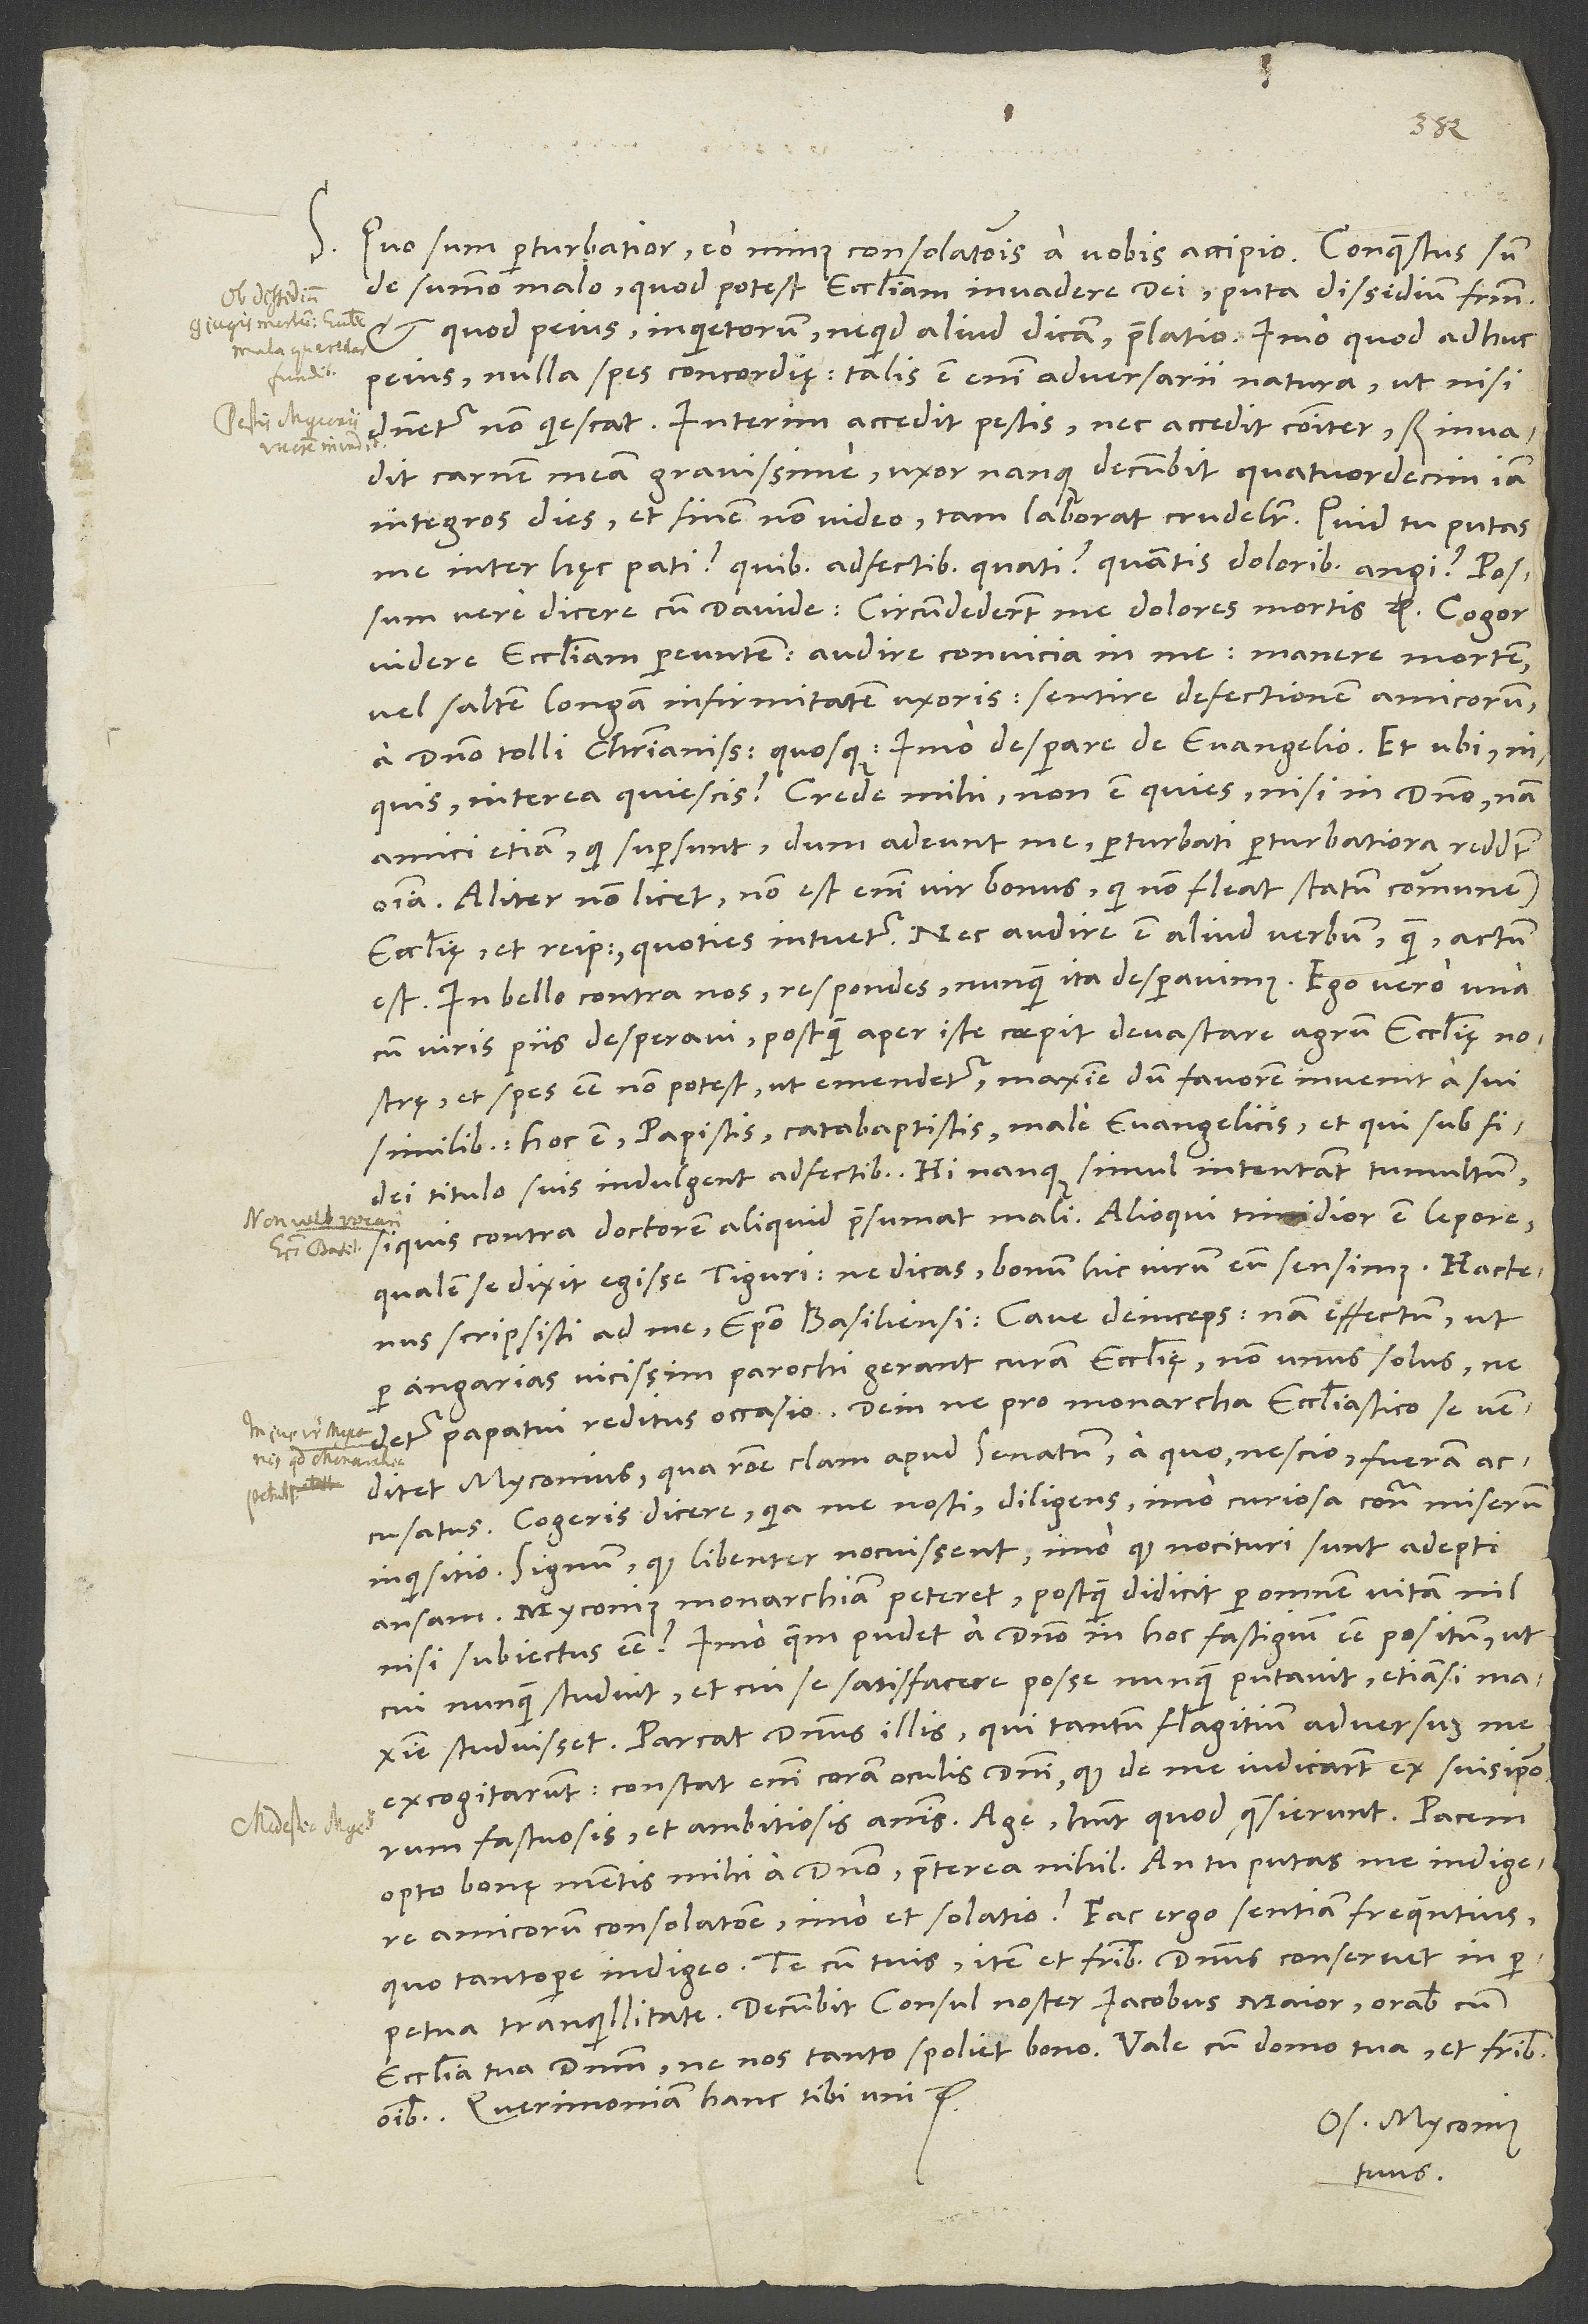
S. Quo sum perturbatior, eo minus consolationis a vobis accipio. Conquestus sum
de summo malo, quod potest ecclesiam invadere dei, puta dissidium fratrum,
quod peius, inquietorum, ne quid aliud dicam, praelatio, imo quod adhuc
peius, nulla spes concordię. Talis est enim adversarii natura, ut, nisi
dominetur, non quiescat. Interim accedit pestis, nec accedit communiter, sed invadit
carnem meam gravissime; uxor nanque decumbit quatuordecim iam
integros dies, et finem non video, tam laborat crudeliter. Quid tu putas
me inter hęc pati, quibus adfectibus quati, quantis doloribus angi? Possum
vere dicere cum Davide: „Circumdederunt me dolores mortis“ etc.
videre ecclesiam pereuntem, audire convicia in me, manere mortem
vel saltem longam infirmitatem uxoris, sentire defectionem amicorum,
a domino tolli christianissimos quosque, imo desperare de evangelio. „Et ubi“,
inquis, „interea quiescis?“ Crede mihi, non est quies nisi in domino; nam
amici etiam, qui supersunt, dum adeunt me, perturbati perturbatiora reddunt
Aliter non licet; non est enim vir bonus, qui non fleat statum communem
ecclesię et reipublicę, quoties intuetur, nec audire est aliud verbum quam: „Actum
est“. „In bello contra nos“, respondes, „nunquam ita desperavimus.“ Ego vero una
cum viris piis desperavi, postquam aper iste coepit devastare agrum ecclesię nostrę,
et spes esse non potest, ut emendetur, maxime dum favorem invenit a sui
similibus, hoc est papistis, catabaptistis, male evangelicis, et qui sub fidei
titulo suis indulgent adfectibus; hi nanque simul intentant tumultum,
si quis contra doctorem aliquid praesumat mali. Alioqui timidior est lepore,
qualem se dixit egisse Tiguri; ne dicas: „Bonum hic virum eum sensimus.“
scripsisti ad me „episcopo Basiliensi“; cave deinceps, nam effectum, ut
per angarias vicissim parochi gerant curam ecclesię, non unus solus, ne
detur papatui reditus occasio, dein ne pro monarcha ecclesiastico se venditet
Myconius, qua ratione clam apud senatum - a quo, nescio - fueram
accusatus. Cogeris dicere, quia me nosti: diligens, imo curiosa contra miserum
inquisitio; signum, quod libenter nocuissent, imo quod nocituri sunt adepti
ansam. Myconius monarchiam peteret, postquam didicit per omnem vitam nil
nisi subiectus esse? Imo quem pudet a domino in hoc fastigium esse positum, ut
cui nunquam studuit et cui se satisfacere posse nunquam putavit, etiamsi maxime
studuisset. Parcat dominus illis, qui tantum flagitium adversus me
excogitarunt; constat enim coram oculis domini, quod de me iudicarunt ex suis ipsorum
fastuosis et ambitiosis animis. Age, habent, quod quęsierunt. Pacem
opto bonę mentis mihi a domino, praeterea nihil. An tu putas me indigere
amicorum consolatione, imo et solatio? Fac ergo, sentiam frequentius,
quo tantopere indigeo. Te cum tuis, item et fratribus dominus conservet in
omnibus. Querimoniam hanc tibi uni etc.
Os. Myconius
tuus.